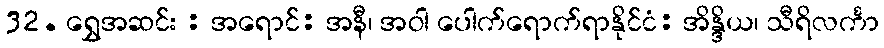
32. ရွှေအဆင်း : အရောင်: အနီ၊ အဝါ ပေါက်ရောက်ရာနိုင်ငံ: အိန္ဒိယ၊ သီရိလင်္ကာ